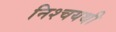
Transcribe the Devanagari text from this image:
निश्चयथी